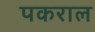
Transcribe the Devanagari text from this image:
पकराल